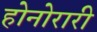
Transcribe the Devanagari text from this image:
होनोरारी